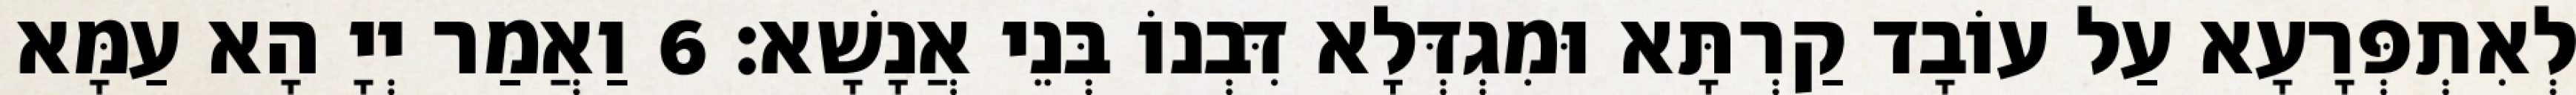
לְאִתְפְּרָעָא עַל עוֹבָד קַרְתָּא וּמִגְדְּלָא דִּבְנוֹ בְּנֵי אֲנָשָׁא׃ 6 וַאֲמַר יְיָ הָא עַמָּא